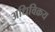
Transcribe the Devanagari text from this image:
अधिविक्रय